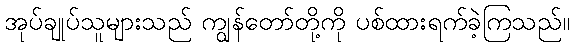
အုပ်ချုပ်သူများသည် ကျွန်တော်တို့ကို ပစ်ထားရက်ခဲ့ကြသည်။